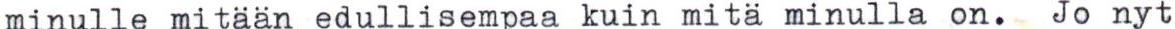
minulle mitään edullisempaa kuin mitä minulla on. Jo nyt